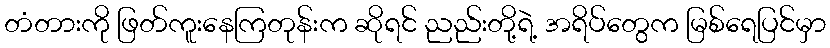
တံတားကို ဖြတ်ကူးနေကြတုန်းက ဆိုရင် ညည်းတို့ရဲ့ အရိပ်တွေက မြစ်ရေပြင်မှာ